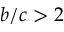
b / c > 2